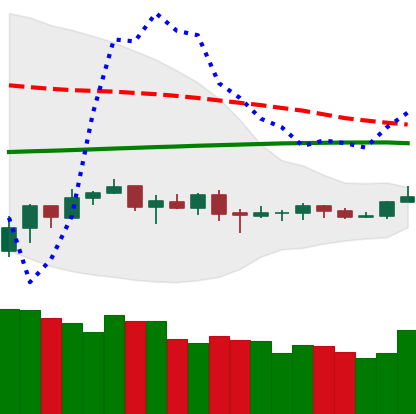
Ticker: ETC-USD
Chart end date: 2019-08-05
Forward return: -8.511%
Label: down_7plus